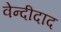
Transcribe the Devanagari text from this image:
वेन्दीदाद